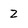
Character: 2